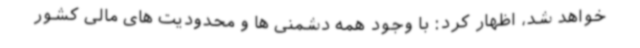
خواهد شد، اظهار کرد: با وجود همه دشمنی ها و محدودیت های مالی کشور